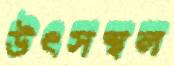
উৎসস্থল